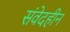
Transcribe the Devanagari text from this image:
संवेदहीन